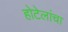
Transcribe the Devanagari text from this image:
होटेलांचा